King Institute of Preventive Medicine Micro-Biological Section reports 1909-11
Year: 1909
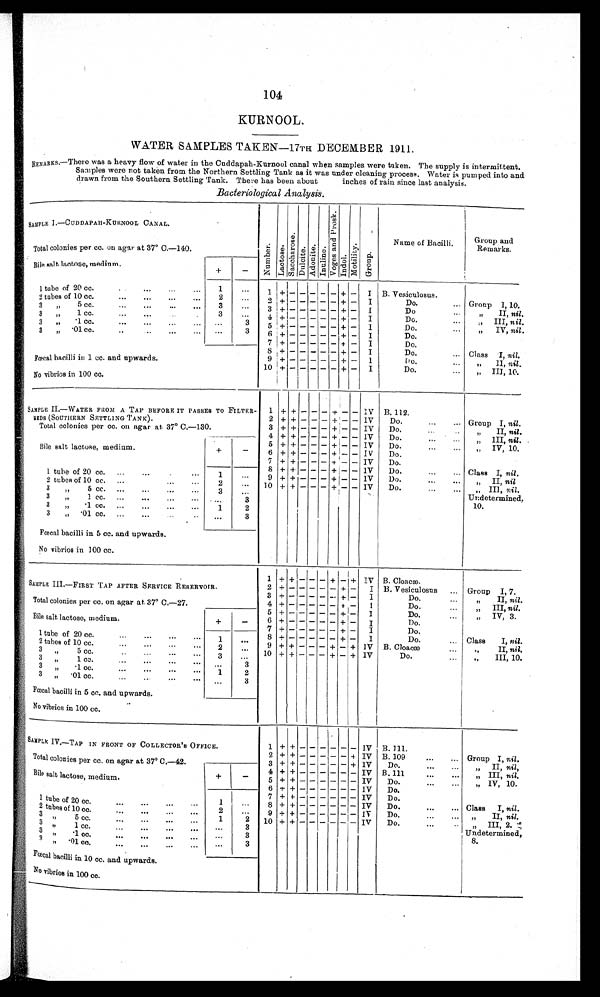
104
KURNOOL.
WATER SAMPLES TAKEN—17TH DECEMBER 1911.
REMARKS.—There was a heavy flow of water in the Cuddapah-Kurnool canal when samples were taken. The supply is intermittent.
Samples were not taken from the Northern Settling Tank as it was under cleaning process. Water is pumped into and
drawn from the Southern Settling Tank. There has been about inches of rain since last analysis.
Bacteriological Analysis.
SAMPLE. I.—CUDDAPAH-KURNOOL CANAL.
N u m b e r . La c t o s e .
S a c c h a r o s e .
D u l c i t e .
A d o n i t e . I n u l i n e .
V o g e s a n d P r o s k .
I n d o l .
M o t i l i t y .
G r o u p .
Name of Bacilli.
Group and
Remarks .
Total colonies per cc. on agar at 37° C.—140.
Bile salt lactose, medium
+
-
1 + - - - - - + - I B. Vesiculosus.
1 tube of 20 cc. . . .
1
. . .
2 tubes of 10 cc.
. . .
2
. . . 2
+ -
- - - - + - I
Do. . . .
Group I, 10.
3
. . . 3 + -
- - - - + - I
Do . . . .
„" II, nil.
3 „
5 cc.
. . .
3 „
1 cc.
. . .
3
. . . 4 + -
- _ - - - + - I
Do. . . .
„
" I I I ,
n i l .
3 „
. 1 c c . . . .
. . .
3
5 + -
- - - - + - I
Do. . . .
„" IV, nil .
3 " .01 cc.
. . .
. . .
3
6
+ -
- - - - + - I
Do. . . .
7 + - -
- -
- + - I
Do. . . .
8 + - -
- -
- + - I
Do. . . . Class I, nil,
Fœcal bacilli in 1 cc. and upwards.
9 + - -
- -
- + - I
Do. . . .
" I I ,
n i l .
+ - - - - -
+ - I
Do. . . . " III, 10.
10
No vibrios in 100 cc.
SAMPLE II.—WATER FROM A TAP BEFORE IT PASSES TO FILTER-
BEDS (SOUTHERN SETTLING TANK).
1 + +
-
-
-
+
-
- IV B. 112.
2 + + - - - + - - IV
Do. . . .
Group I, nil.
3 + + - - - + - - IV
Do. . . .
" II, nil.
Total colonies per cc. on agar at 37° C.—130.
4 + + - - - + - - IV Do. . . .
" I I I ,
n i l .
5 + + - - - + - - IV Do. . . .
" IV,1 0 .
-
Bile salt lactose, medium.
+
6 + + - - - + - - IV
Do. . . .
7
+ + - - - + - - IV
Do. . . .
8 + + - - - + -
- IV Do. . . .
Class I nil.
1 tube of 20 cc.
. . .
1 . . . 9 + + - - - + - - IV
D o . . . .
" I I ,
n i l
2 tubes of 10 cc. . . .
2
. . .
10 + + - - - + - - IV Do. . . .
" I I I ,
n i l .
3 " 5 cc. . . .
3
. . .
U n d e t e r m i n e d ,
3
" 1 cc. . . .
. . .
3
10.
3
"
.1 cc.
. . .
1
2
3
"
. 0 1
c c . . . . . . .
3
Fœcal bacilli in 5 cc. and upwards.
No vibrios in 100 cc.
1 + + — — — +
-
+ IV B. Cloacæ.
SAMPLE III.—FIRST TAP AFTER SERVICE RESERVOIR.
2 + -
- - - - + — I B. V esiculosus
. . . Group I, 7,
3 + -
- - - - + - I
D o . . . .
" I I ,
n i l .
Total colonies per cc. on agar at 37° C.—27.
4 + - - - - - + - I
D o . . . .
" I I I ,
n i l .
5
+ -
- - - - + - I
Do. . . .
„" IV, 3.
Bile salt lactose, medium.
+
-
6 - - - - - + - I
Do.
7 + - - - - - + — I
D o . . . .
1 tube of 20 cc.
1
. . .
8
+ -
- - - - + -
I
D o . . . .
Class
I, nil.
2 tubes of 10 cc . . .
2
. . .
9 + + - - - + - + IV B. C l o a c æ
" I I ,
n i l
.
3 "
5 cc. . . .
3
. . . 10 + + - - - + - + IV
Do. . . .
"
III, 10.
3
" 1 c c . . . .
. . .
3
3 „
.1 cc. . . .
1 2
3
"
. 01 CC.
. . .
. . .
3
Fœcal bacilli in 5 cc. and upwards.
No vibrios in 100 CC.
SAMPLE IV.—TAP IN FRONT OF COLLECTOR ' S OFFICE.
1 + + -
-
-
-
-
-
IV
B. III.
2 + + -
- - - - + IV B. 109 . . .
Group I, nil.
Total colonies per cc. on agar at 37° C.—42.
3 + + - - - - - + IV
Do. . . .
" " I I , n i l ,
4 + + - - - - - - IV B. III . . .
"III, nil.
Bile salt lactose, medium.
+
-
5 + + — — — — — - IV Do. . . .
„
" I V ,
1 0 .
6 + + -
- - -
- - IV
Do. . . .
7 + + -
- - - - - IV
Do. . . .
1 tube of 20 cc. . . .
1 . . .
8 + + - -
- - - - IV
Do. . . .
Class I, nil.
2 tubes of 10 cc.
. . .
2
. . .
9 + + -_-_ - - - - IV
Do. . . . .
" I I ,
n i l
.
3 " 5 cc.
. . .
1
2
10 + + - -
- - - - IV Do. . . .
" I I I , 2 .
3 "
1 cc.
. . .
3
Undetermined,
3 "
. 1 c c . . . .
. . .
3
8 .
3 "
' 0 1 c c . . . .
. . .
3
Fœcal bacilli in 10 cc. and Upwards.
No vibrios in 100 cc.